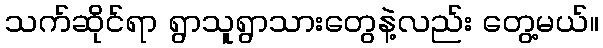
သက်ဆိုင်ရာ ရွာသူရွာသားတွေနဲ့လည်း တွေ့မယ်။